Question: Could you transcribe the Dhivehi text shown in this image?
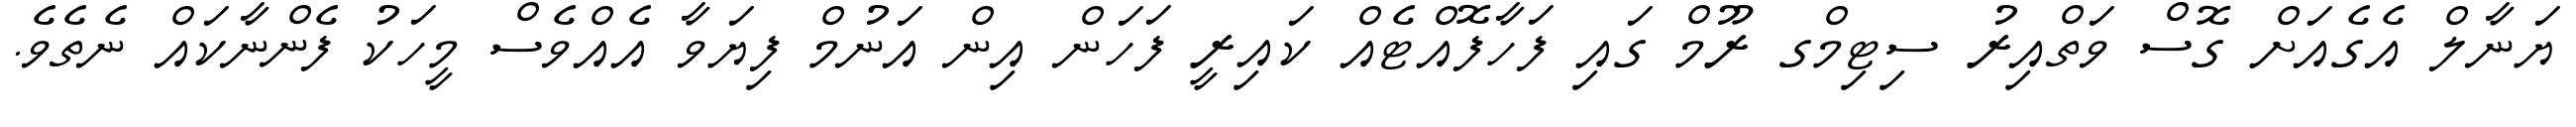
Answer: ޔަނާލް އެގެއަށް ގޮސް ވަތްއިރު ސިޓިމްގ ރޫމް ގައި ފަހާފޮއްޓެއް ކައިރީ ފަހަން އިން އަނުމް ފިޔަވާ އެއްވެސް މީހަކު ފެންނާކައް ނެތެވެ.